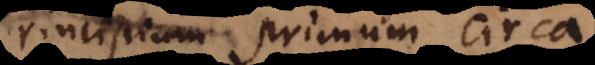
principium primum circa